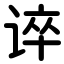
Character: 谇